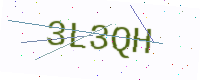
Text: 3L3QH